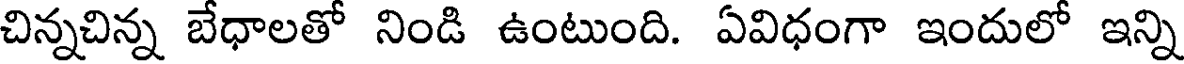
చిన్నచిన్న బేధాలతో నిండి ఉంటుంది. ఏవిధంగా ఇందులో ఇన్ని